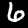
Label: 6